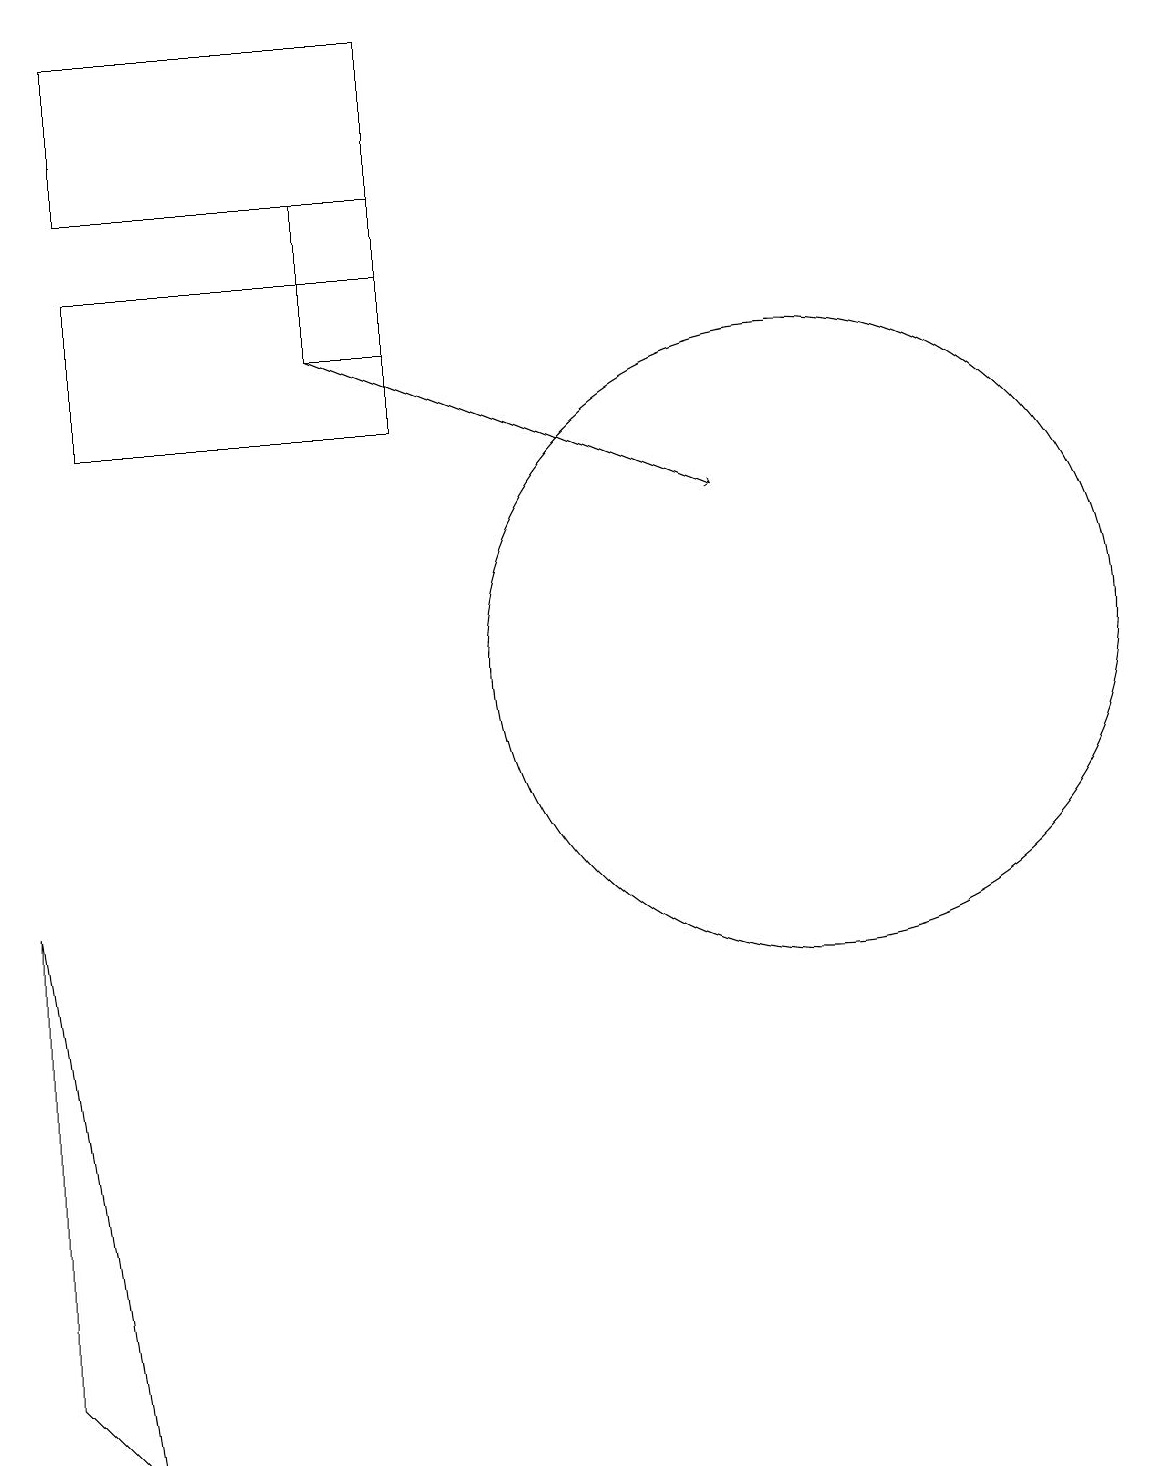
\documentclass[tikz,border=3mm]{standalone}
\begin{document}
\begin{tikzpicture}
\draw (5,14) rectangle (1,16);
\draw (5,15) rectangle (4,17);
\draw (0,8) -- (1,1) -- (0,2) -- cycle;
\draw (10,11) circle (4);
\draw (5,19) rectangle (1,17);
\draw[->] (4,15) -- (9,13);
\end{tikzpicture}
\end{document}